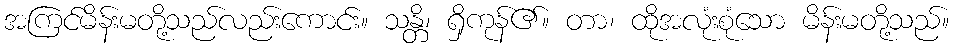
အကြင်မိန်းမတို့သည်လည်းကောင်း။ သန္တိ၊ ရှိကုန်၏။ တာ၊ ထိုအလုံးစုံသော မိန်းမတို့သည်။